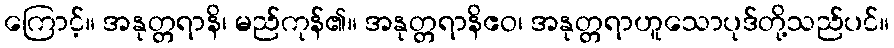
ကြောင့်။ အနုတ္တရာနိ၊ မည်ကုန်၏။ အနုတ္တရာနိဧဝ၊ အနုတ္တရာဟူသောပုဒ်တို့သည်ပင်။